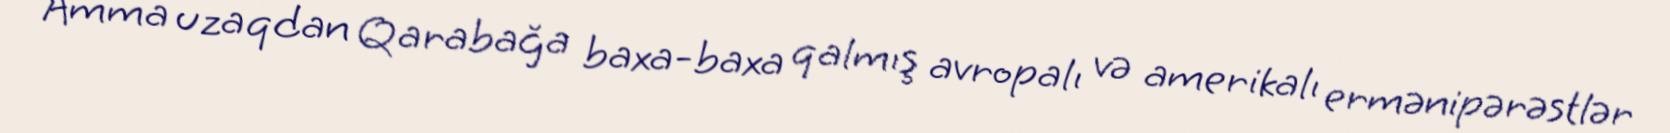
Amma uzaqdan Qarabağa baxa-baxa qalmış avropalı və amerikalı ermənipərəstlər